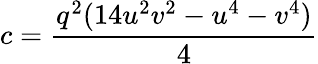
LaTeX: c={\frac{q^{2}(14u^{2}v^{2}-u^{4}-v^{4})}{4}}